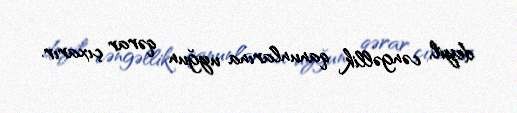
deyil, cəngəllik qanunlarına uyğun qərar çıxarır.